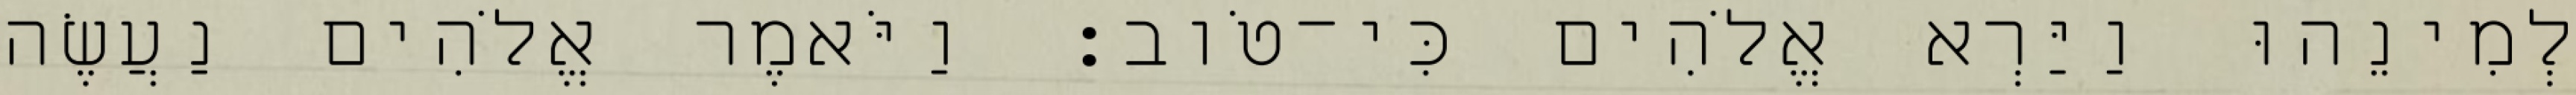
לְמִינֵהוּ וַיַּרְא אֱלֹהִים כִּי־טֹוב׃ וַיֹּאמֶר אֱלֹהִים נַעֲשֶׂה